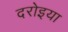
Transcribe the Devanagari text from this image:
दरोइया